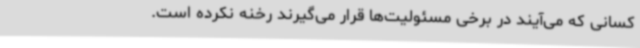
کسانی که می‌آیند در برخی مسئولیت‌ها قرار می‌گیرند رخنه نکرده است.